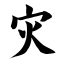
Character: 灾